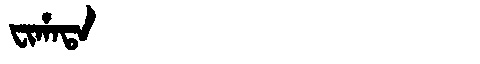
Manchu: ᠸᡳᡥᠠᡨᠠ
Romanization: FIHATA